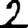
Digit: 2